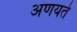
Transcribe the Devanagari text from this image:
अणयते